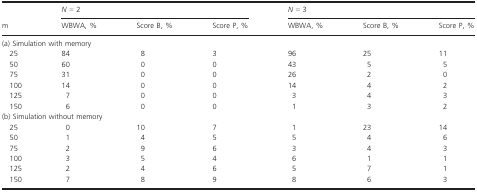
|  | <COLSPAN=3> N = 2 | <COLSPAN=3> N = 3 |
 | m | WBWA, % | Score B, % | Score P, % | WBWA, % | Score B, % | Score P, % |
 | --- | --- | --- | --- | --- | --- | --- |
 | <COLSPAN=7> (a) Simulation with memory |
 | 25 | 84 | 8 | 3 | 96 | 25 | 11 |
 | 50 | 60 | 0 | 0 | 43 | 5 | 5 |
 | 75 | 31 | 0 | 0 | 26 | 2 | 0 |
 | 100 | 14 | 0 | 0 | 14 | 4 | 2 |
 | 125 | 7 | 0 | 0 | 3 | 4 | 3 |
 | 150 | 6 | 0 | 0 | 1 | 3 | 2 |
 | <COLSPAN=6> (b) Simulation without memory |  |
 | 25 | 0 | 10 | 7 | 1 | 23 | 14 |
 | 50 | 1 | 4 | 5 | 5 | 4 | 6 |
 | 75 | 2 | 9 | 6 | 3 | 4 | 3 |
 | 100 | 3 | 5 | 4 | 6 | 1 | 1 |
 | 125 | 2 | 4 | 6 | 5 | 7 | 1 |
 | 150 | 7 | 8 | 9 | 8 | 6 | 3 |